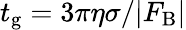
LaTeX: t_{\mathrm{g}}=3\pi\eta\sigma/\vert F_{\mathrm{B}}\vert